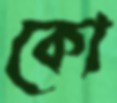
কো